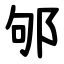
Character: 邭